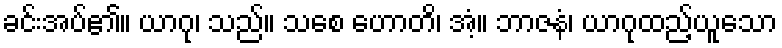
ခင်းအပ်၏။ ယာဂု၊ သည်။ သစေ ဟောတိ၊ အံ့။ ဘာဇနံ၊ ယာဂုထည့်ယူသော